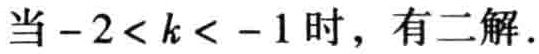
当\(-2 < k < -1\)时，有二解.